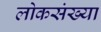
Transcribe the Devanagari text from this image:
लोकसंख्‍या